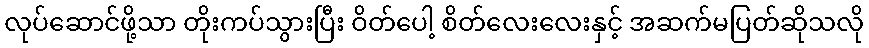
လုပ်ဆောင်ဖို့သာ တိုးကပ်သွားပြီး ဝိတ်ပေါ့ စိတ်လေးလေးနှင့် အဆက်မပြတ်ဆိုသလို